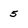
Character: 5